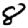
Digit: 8